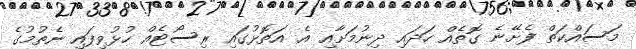
މަސައްކަތް ފެށޭނެ ގޮތެއް ހަދައި ދިނުމަށާއި އެ އަތޮޅުގައި ރިސޯޓެއް ހުޅުވިފައި ނެތުމުގެ